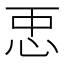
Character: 𢘑